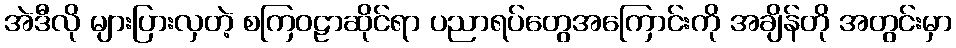
အဲဒီလို များပြားလှတဲ့ စကြဝဠာဆိုင်ရာ ပညာရပ်တွေအကြောင်းကို အချိန်တို အတွင်းမှာ